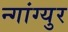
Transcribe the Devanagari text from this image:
न्गांग्युर